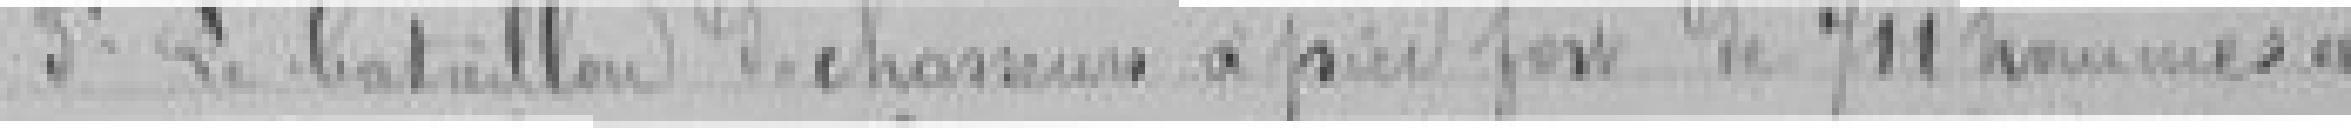
3° Le bataillon de chasseurs à pieds fort de 711 hommes est